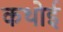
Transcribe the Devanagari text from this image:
कथोई